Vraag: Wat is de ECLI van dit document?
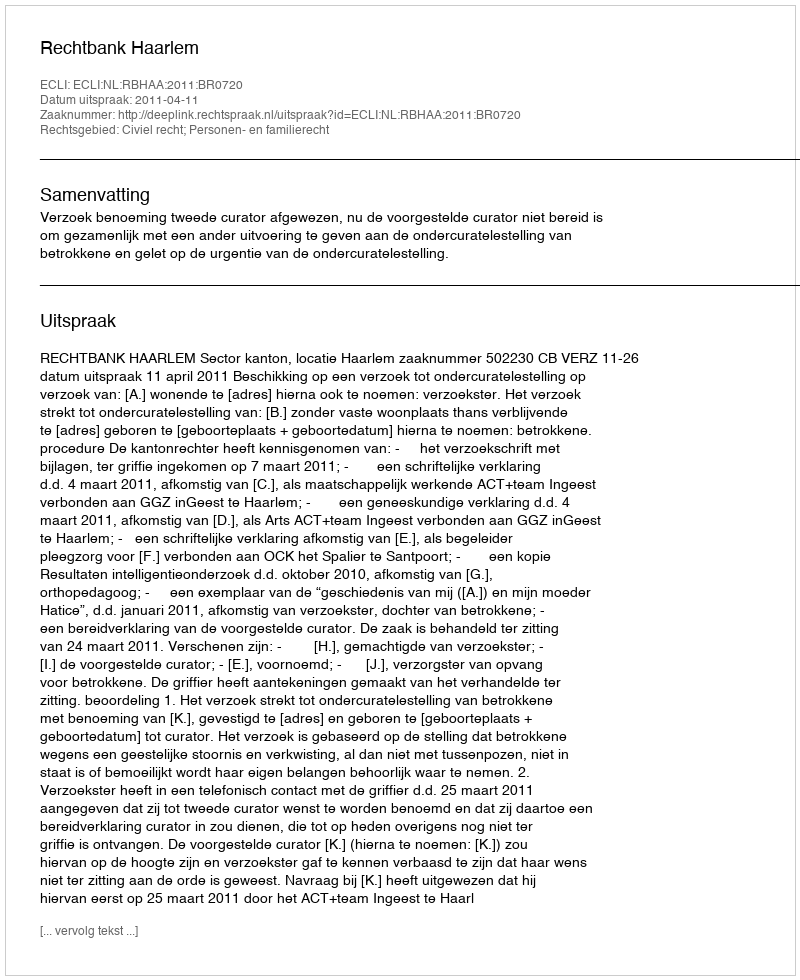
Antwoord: ECLI:NL:RBHAA:2011:BR0720